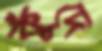
কুঁদে